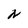
Character: N